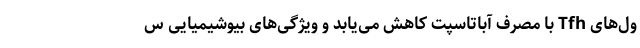
ول‌های Tfh با مصرف آباتاسپت کاهش می‌یابد و ویژگی‌های بیوشیمیایی س